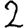
Digit: 2